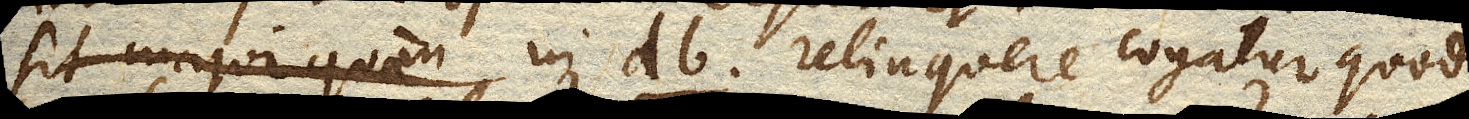
sit major quam in db relinquere cogatur quod v